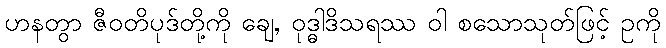
ဟနတွာ ဇီဝတိပုဒ်တို့ကို ချေ, ဝုဒ္ဓါဒိသရဿ ဝါ စသောသုတ်ဖြင့် ဥကို